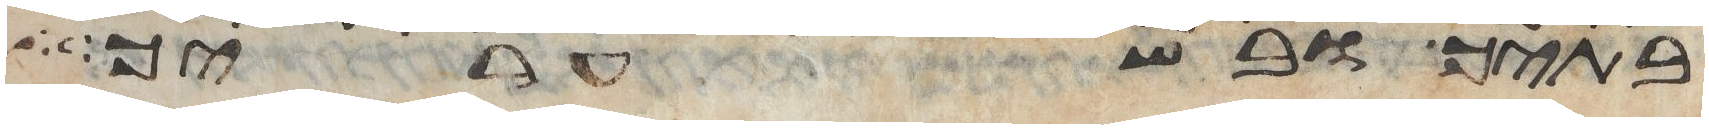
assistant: בתיך ובשעריך